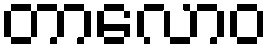
တာလောဝ